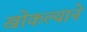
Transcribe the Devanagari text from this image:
खोकल्याने